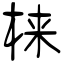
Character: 梾